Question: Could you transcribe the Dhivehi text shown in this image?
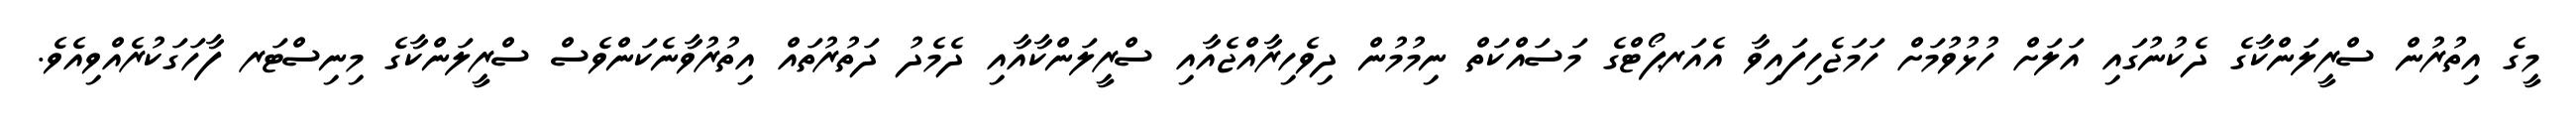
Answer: މީގެ އިތުރުން ސްރީލަންކާގެ ދެކުނުގައި އަލަށް ހުޅުވުމަށް ހަމަޖެހިފައިވާ އެއަރޕޯޓްގެ މަސައްކަތް ނިމުމުން ދިވެހިރާއްޖެއާއި ސްރީލަންކާއާއި ދެމެދު ދަތުރުތައް އިތުރުވާނެކަންވެސް ސްރީލަންކާގެ މިނިސްޓަރ ފާހަގަކުރެއްވިއެވެ.